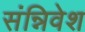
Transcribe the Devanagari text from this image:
संन्निवेश